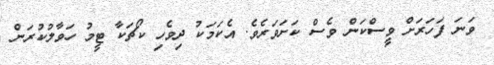
ވަނަ ފަހަރަށް ވީސްކަން ވެސް ކަށަވަރެވެ. އެކަމަކު ދިވެހި ކޯޗަކާ ޓީމު ހަވާލުކުރަން